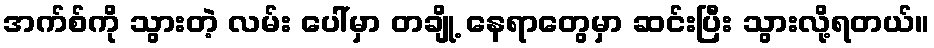
အက်စ်ကို သွားတဲ့ လမ်း ပေါ်မှာ တချို့ နေရာတွေမှာ ဆင်းပြီး သွားလို့ရတယ်။